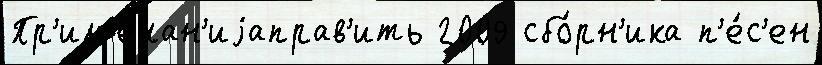
Пр'им'ечан'иjаправ'ить 2009 сбо́рн'ика п'е́с'ен